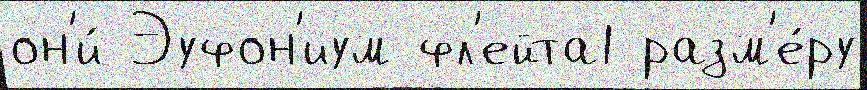
он'и́ Эуфон'иум фл'ейта1 разм'е́ру